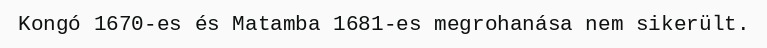
Kongó 1670-es és Matamba 1681-es megrohanása nem sikerült.